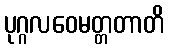
ပုဂ္ဂလဝေမတ္တတာတိ